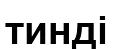
тинді